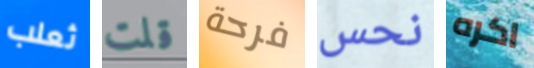
ثعلب قلت فرحة نحس اكره